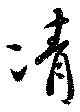
凊